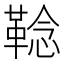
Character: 𩋏